Lunatic asylums Central Provinces reports 1895-1909 - 1895-1909
Year: 1895
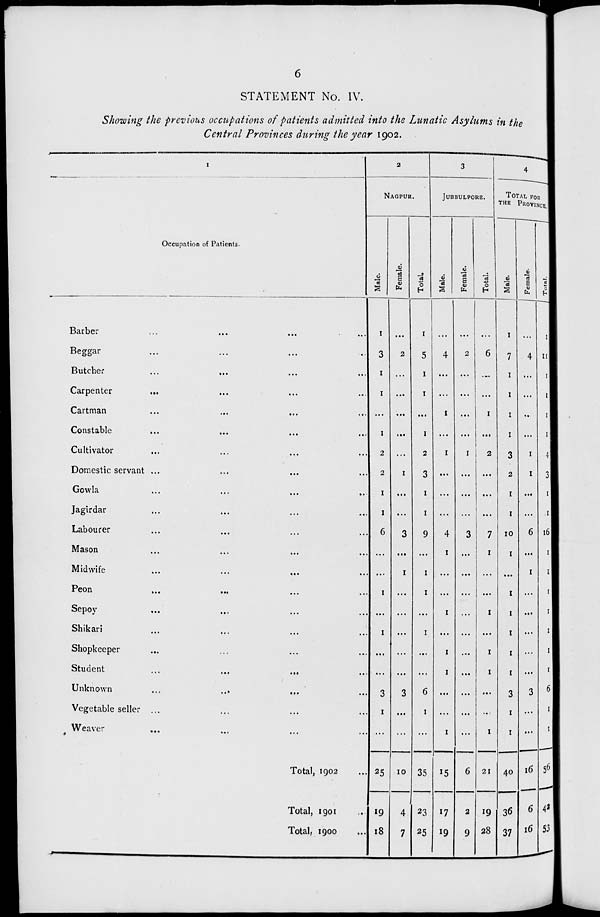
6
STATEMENT No. IV.
Showing the previous occupations of patients admitted into the Lunatic Asylums in the
Central Provinces during the year 1902.
1
Occupation of Patients.
Barber ... ... ... ...
Beggar ... ... ... ...
Butcher ... ... ... ...
Carpenter ... ... ... ...
Cartman ... ... ... ...
Constable ... ... ... ...
Cultivator ... ... ... ...
Domestic servant ... ... ...
Gowla ... ... ... ...
Jagirdar ... ... ... ...
Labourer ... ... ... ...
Mason ... ... ... ...
Midwife ... ... ... ...
Peon ... ... ... ...
Sepoy ... ... ... ...
Shikari
...
...
...
...
Shopkeeper ... ... ... ...
Student ... ... ... ...
Unknown ... ... ... ...
Vegetable seller ... ... ... ...
Weaver ... ... ... ...
Total, 1902 ...
Total, 1901 ...
Total, 1900 ...
2
NAGPUR.
Male.
1
3
1
1
...
1
2
2
1
1
6
...
...
1
...
1
...
...
3
1
...
25
19
18
Female.
...
2
...
...
...
...
...
1
...
...
3
...
1
...
...
...
...
...
3
...
...
10
4
7
Total.
1
5
1
1
...
1
2
3
1
1
9
...
1
1
...
1
...
...
6
1
...
35
23
25
3
JUBBULPORE.
Male.
...
4
...
...
1
...
1
...
...
...
4
I
...
...
1
...
1
1
...
...
1
15
17
19
Female.
...
2
...
...
...
...
1
...
...
...
3
...
...
...
...
...
...
...
...
...
...
6
2
9
Total.
...
6
...
...
1
...
2
...
...
...
7
1
...
...
1
...
1
1
...
...
1
21
19
28
4
TOTAL FOR
THE PROVINCE.
Male.
1
7
1
1
1
1
3
2
1
1
10
1
...
1
1
1
1
1
3
1
1
40
36
37
Female.
...
4
...
...
...
...
1
1
...
...
6
...
1
...
...
...
...
...
3
...
...
16
6
16
Total.
1
11
1
1
1
1
4
3
1
1
16
1
1
1
1
1
1
1
6
1
1
56
42
53